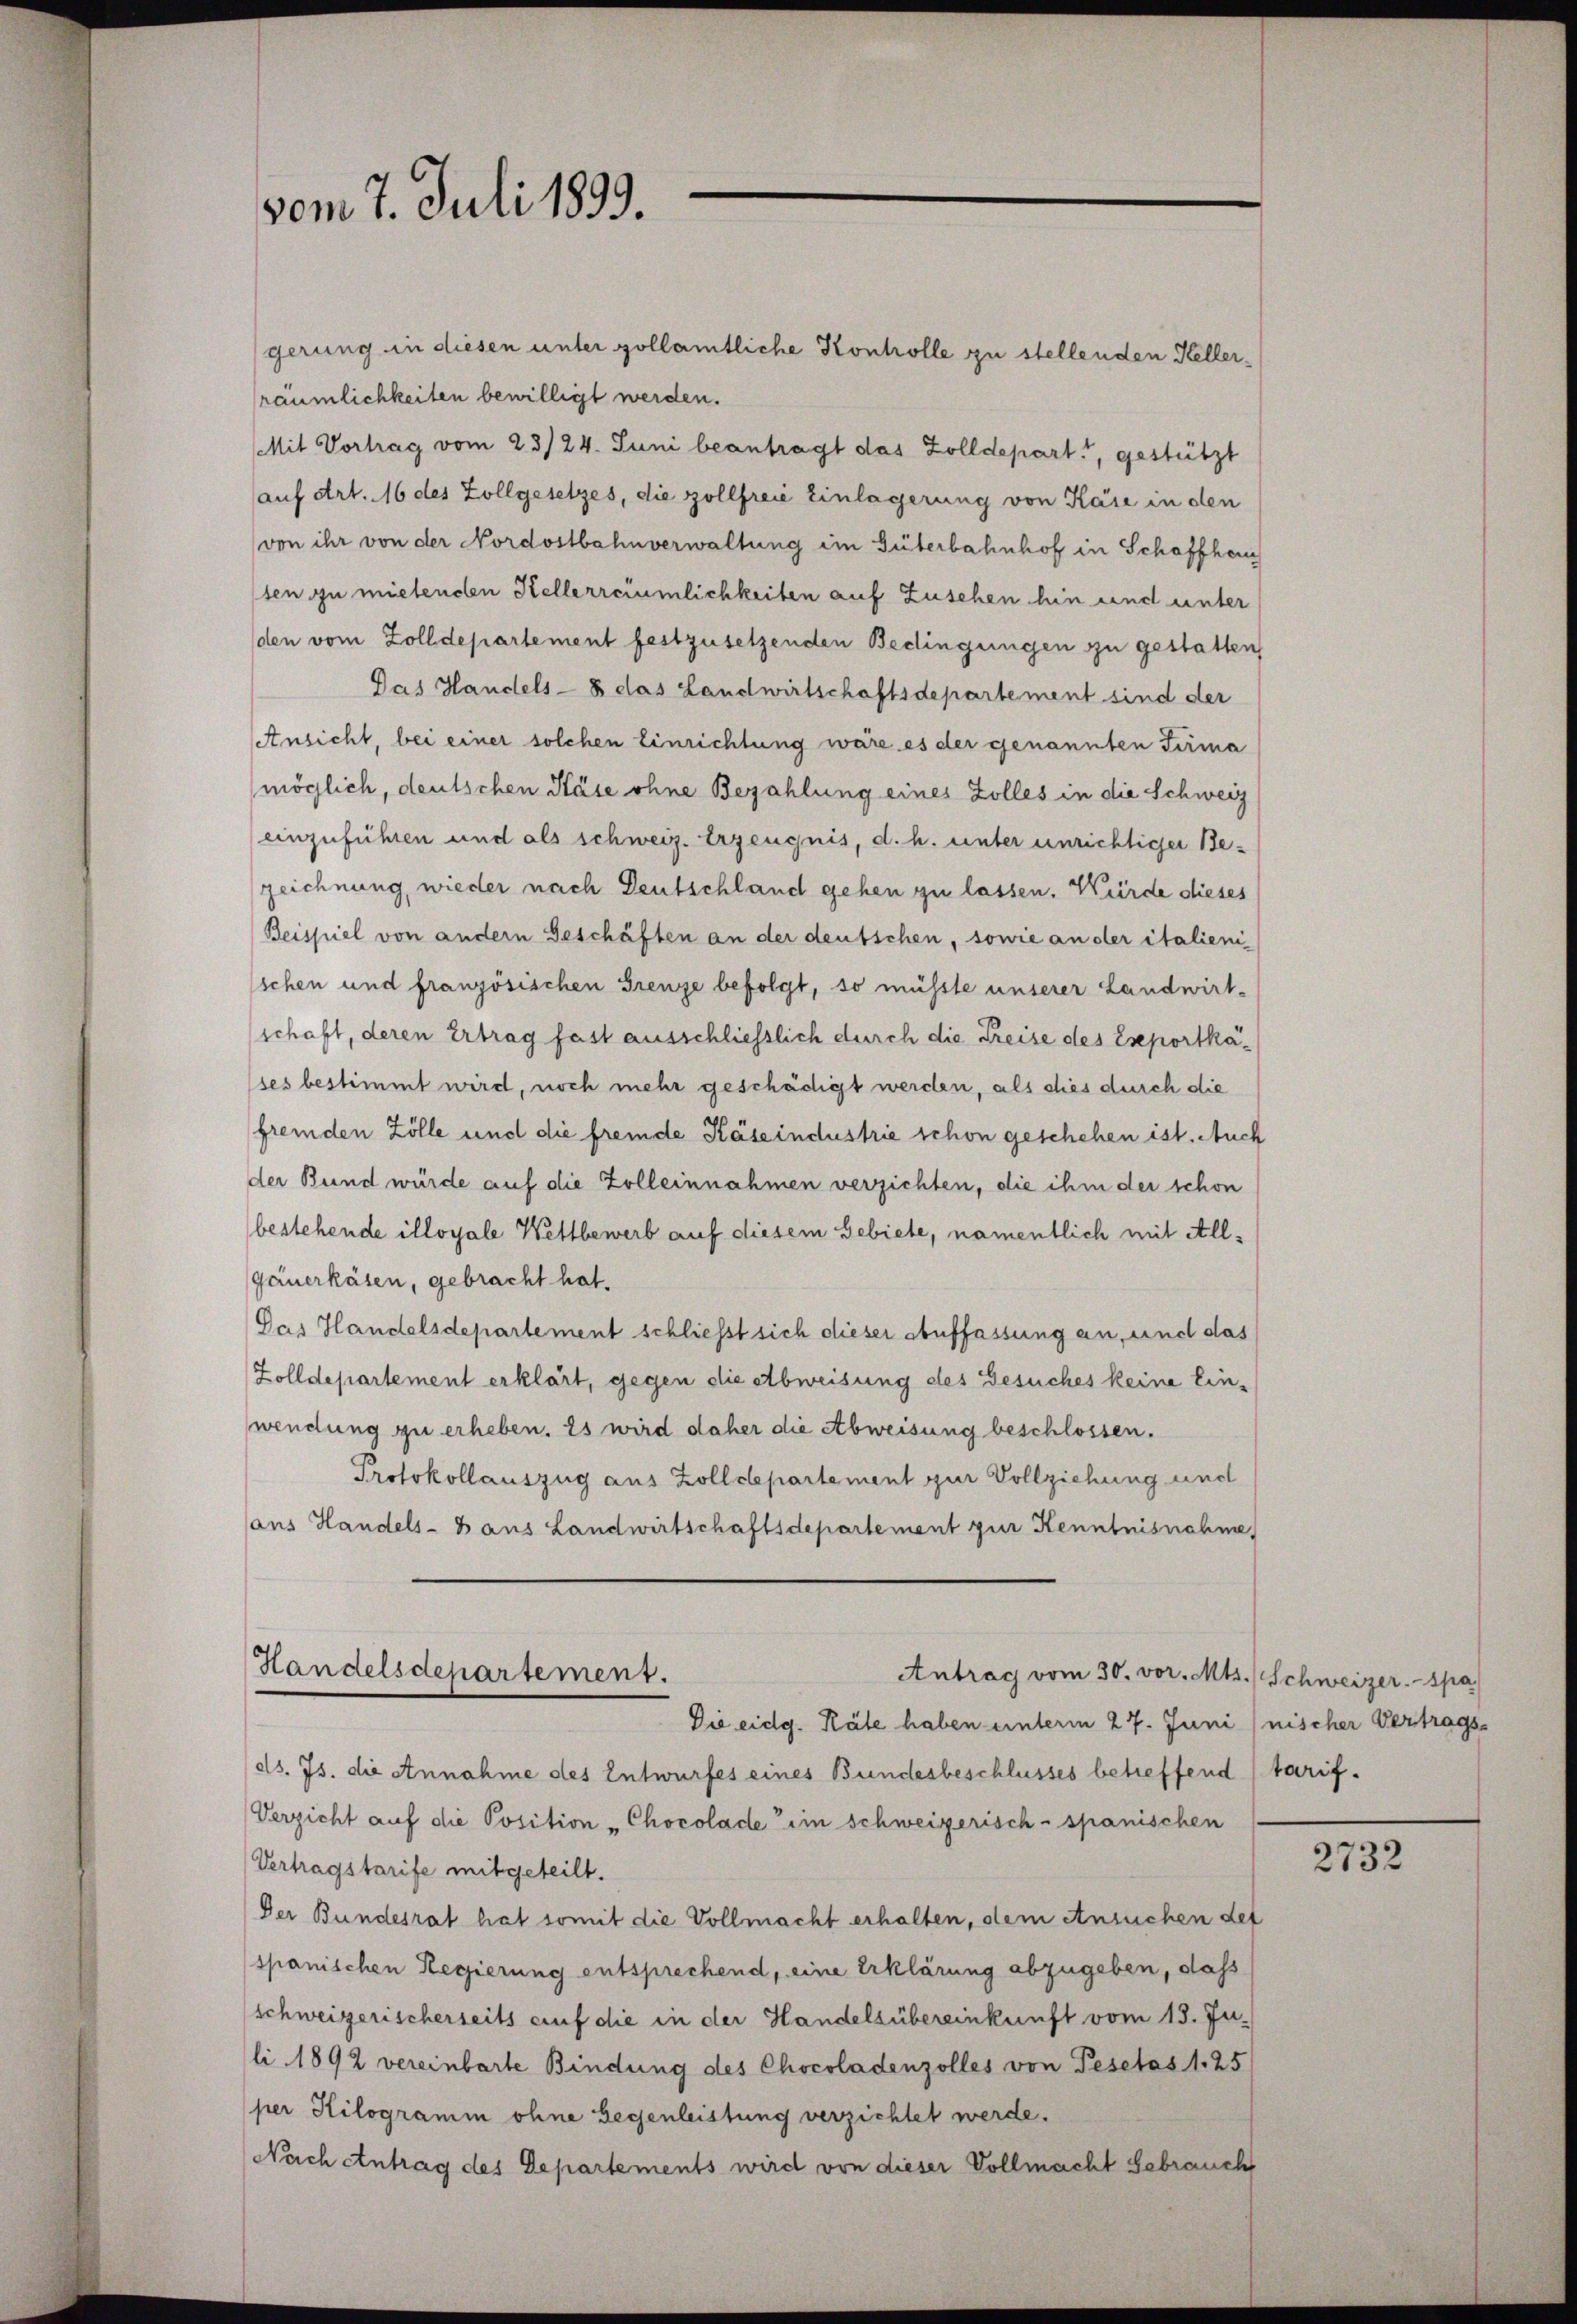
vom 7. Juli 1899.

gerung in diesen unter gollamtliche Kontrolle zu stellenden Hellerräumlichkeiten bewilligt werden.
Mit Vortrag vom 23/24. Juni beantragt das Zolldepart, gestützt
auf Art. 16 des Zollgesetzes, die Zollfreie Einlagerung von Käse in den
von ihr von der Nordostbahnverwaltung im Güterbahnhof in Schaffhau
sten zu mietensten Kellerreiümlichkeiten auf Zusehen hin und unter
den vom Zolldepartement festzusetzenden Bedingungen zu gestatten,
Das Handels- 8 das Landwirtschaftsdepartement sind der
Ansicht, bei einer solchen Einrichtung wäre es der genannten Firma
möglich, deutschen Käse ohne Bezahlung eines Zolles in die Schweiz
einzuführen und als schweiz. Erzeugnis, d. h. unter unrichtiger Bezeichnung, wieder nach Deutschland gehen zu lassen. Würde dieses
Beispiel von andern Geschäften an der deutschen, sowie an der italieni
schen und französischen Grenze befolgt, so müsste unserer Landwirt-
schaft, deren Ertrag fast ausschliesslich durch die Preise des Eseportkases bestimmt wird, noch mehr geschädigt werden, als dies durch die
fremden Zölle und die fremde Käseindustrie schon geschehen ist. Auch
der Bund würde auf die Zolleinnahmen verzichten, die ihm der schon
bestehende illoyale Wettbewerb auf diesem Gebiete, namentlich mit Allgauerkäsen, gebracht hat.
Das Handelsdepartement schliesst sich dieser Auffassung an, und das
Zolldepartement erklärt, gegen die Abweisung des Gesuches keine Einwendung zu erheben. Es wird daher die Abweisung beschlossen.
Protokollauszug aus Zolldepartement zur Vollziehung und
ans Handels- 8 aus Landwirtschaftsdepartement zur Kenntnisnahme
Handelsdepartement.
Antrag vom 30. vor. Mts. (Schweizer. Spa
Die eidg. Räte haben unterm 27. Juni / nischer Vertrags-
ds. Js. die Annahme des Entwurfes eines Bundesbeschlusses betreffend (tarif.
Verzicht auf die Position - Chocolade ein schweizerisch-spanischen
Vertragstarife mitgeteilt.
Der Bundesrat hat somit die Vollmacht erhalten, dem Ansuchen des
spanischen Regierung entsprechend, eine Erklärung abzugeben, dass
schweizerischerseits auf die in der Handelsübereinkunft vom 13. Juli 1892 vereinbarte Bindung des Chocoladenzolles von Pesetas 1. 25
per Kilogramm ohne Gegenleistung verzichtet werde.
Nach Antrag des Departements wird von dieser Vollmacht Gebrauch

2732